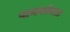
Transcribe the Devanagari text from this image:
पानकोंबडा